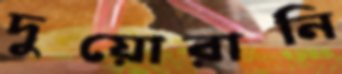
দুয়োরানি